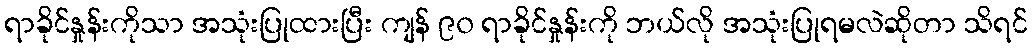
ရာခိုင်နှုန်းကိုသာ အသုံးပြုထားပြီး ကျန် ၉၀ ရာခိုင်နှုန်းကို ဘယ်လို အသုံးပြုရမလဲဆိုတာ သိရင်